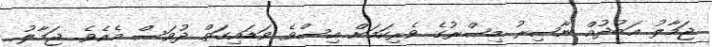
ޖަމާލު ޢަބުދުއް ނާޞިރު މިޞްރުގެ ވެރިކަމަށް އިސްވެ ވަޑައިގަތް ދުވަސް މެއެވެ. ޖަމާލު